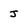
Character: J